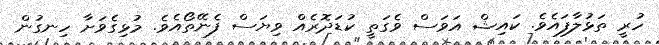
ހުރީ ތަޅުލާފައެވެ. ކައިޝް އަވަސް ވެގަތީ ކުޑަދޮރެއް ވިޔަސް ފެނޭތޯއެވެ. މުޅިގެވަށާ ހިނގުން